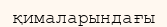
қималарындағы